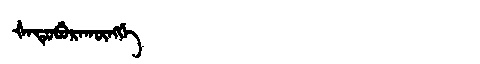
Manchu: ᡧᠠᡨᡠᠪᡠᡵᠠᡴᡡᠩᡤᡝ
Romanization: ŠATUBURAKŪNGGE